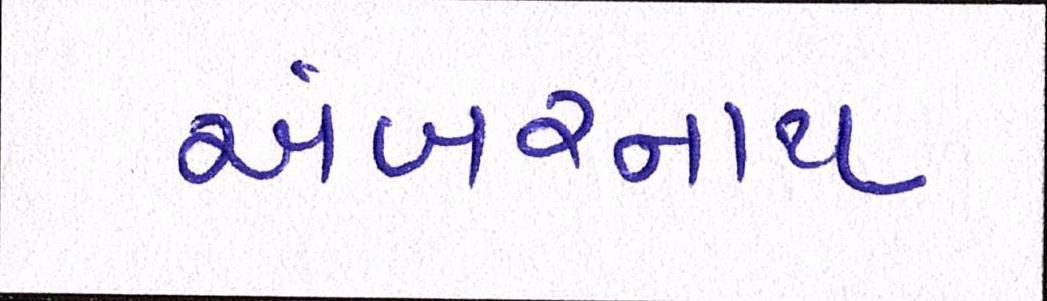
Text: અંબરનાથ